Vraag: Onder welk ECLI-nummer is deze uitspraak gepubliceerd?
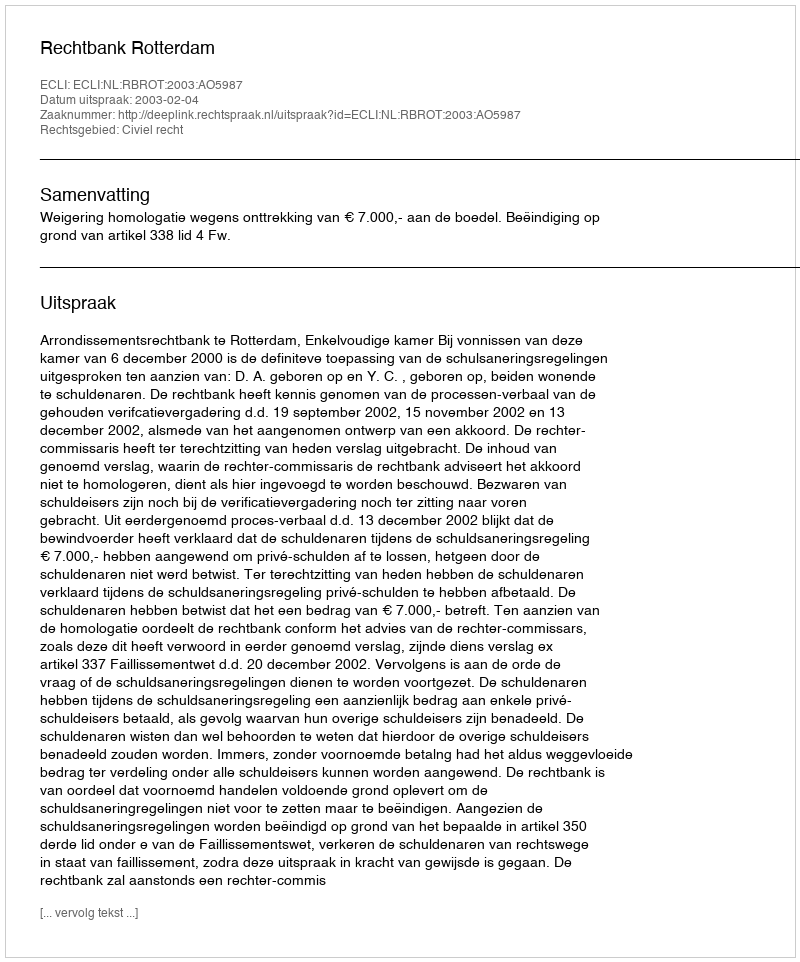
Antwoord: ECLI:NL:RBROT:2003:AO5987